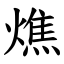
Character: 燋